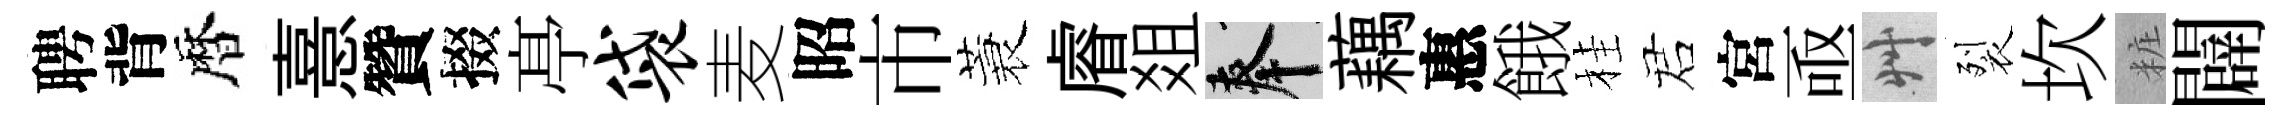
聘背暦憙贊掇𠅘袋麦昭市蓑𥈠爼奉藕惠餓桂诺宮亟艸裂坎粧闢